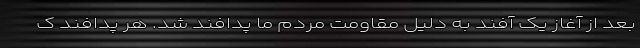
بعد از آغاز یک آفند به دلیل مقاومت مردم ما پدافند شد. هر پدافند ک